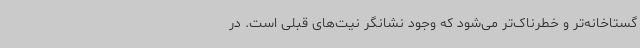
گستاخانه‌تر و خطرناک‌تر می‌شود که وجود نشانگر نیت‌های قبلی است. در